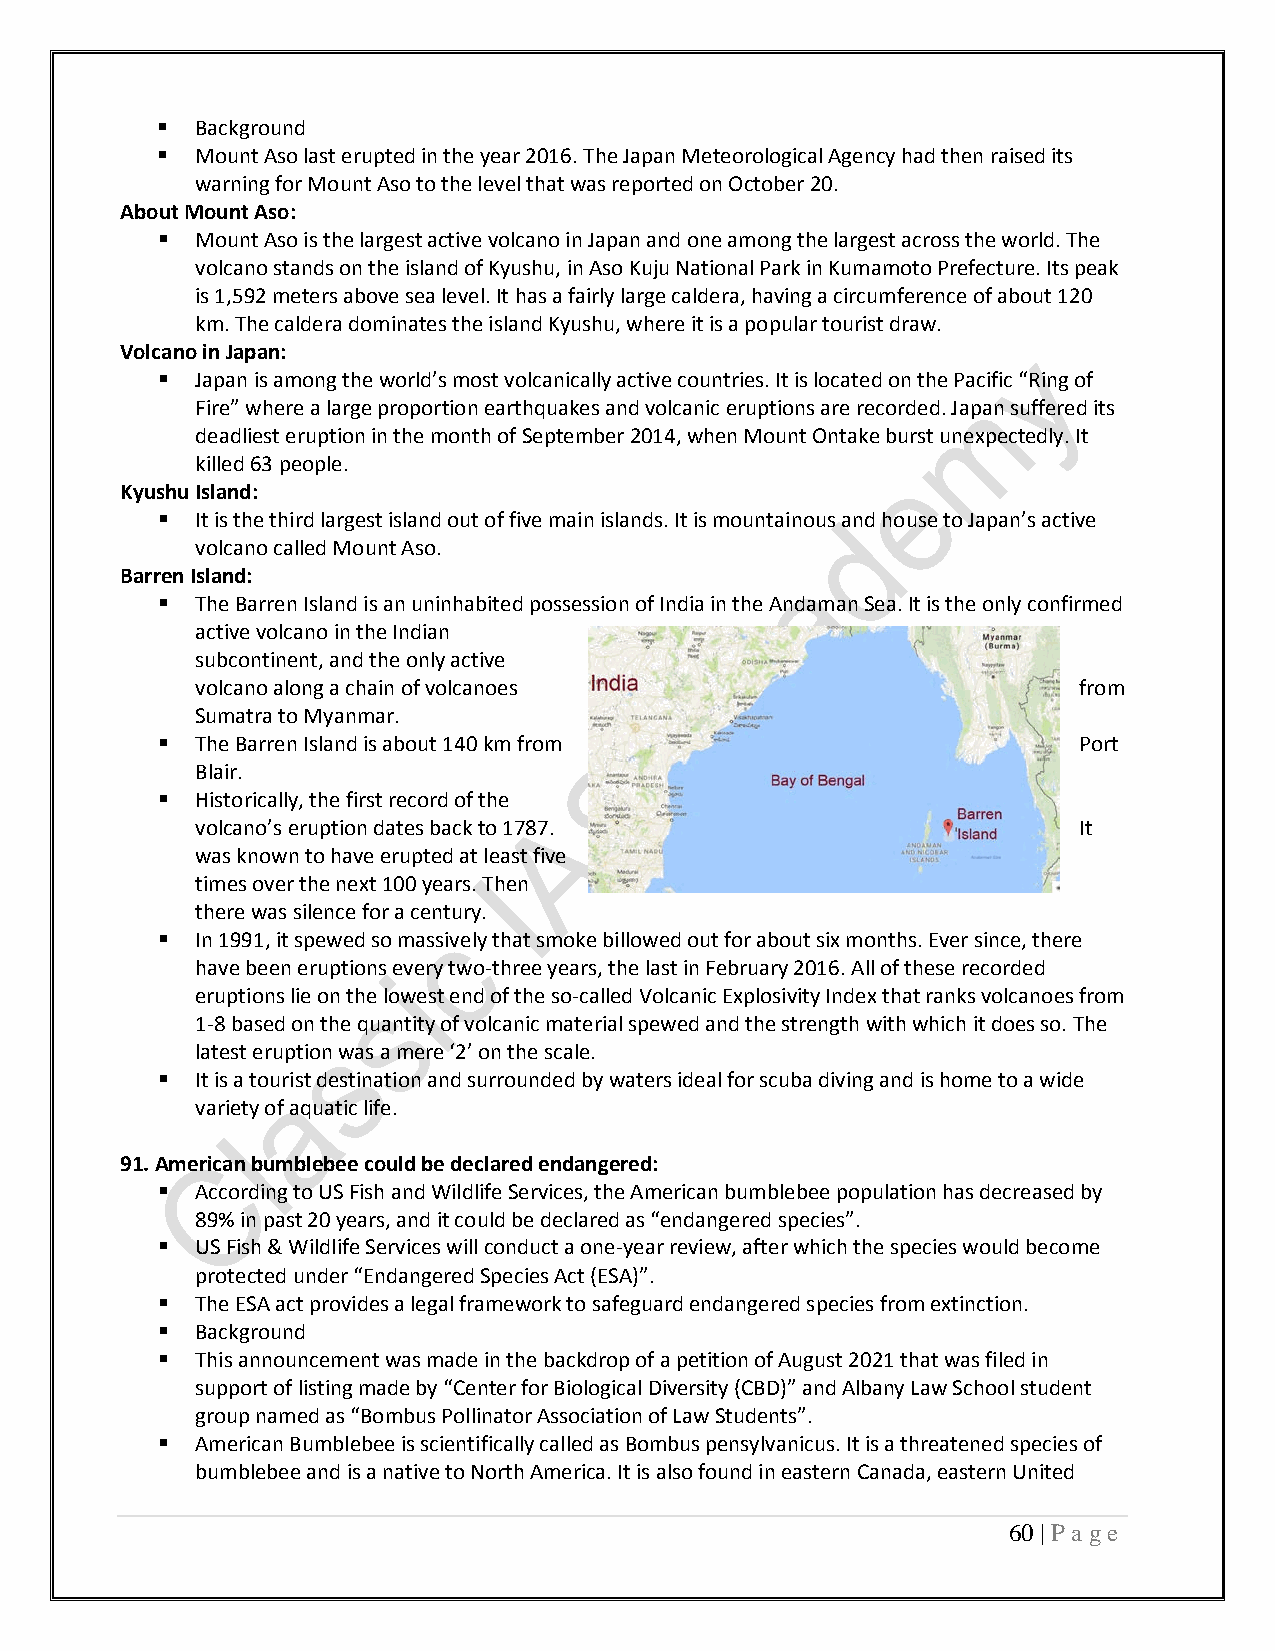
  Background
   Mount Aso last erupted in the year 2016. The Japan Meteorological Agency had then raised its
 warning for Mount Aso to the level that was reported on October 20.
 About Mount Aso:
   Mount Aso is the largest active volcano in Japan and one among the largest across the world. The
 volcano stands on the island of Kyushu, in Aso Kuju National Park in Kumamoto Prefecture. Its peak
 is 1,592 meters above sea level. It has a fairly large caldera, having a circumference of about 120
 km. The caldera dominates the island Kyushu, where it is a popular tourist draw.
 Volcano in Japan:
   Japan is among the world’s most volcanically active countries. It is located on the Pacific “Ring of
 Fire” where a large proportion earthquakes and volcanic eruptions are recorded. Japan suffered its
 deadliest eruption in the month of September 2014, when Mount Ontake burst unexpectedly. It
 killed 63 people.
 Kyushu Island:
   It is the third largest island out of five main islands. It is mountainous and house to Japan’s active
 volcano called Mount Aso.
 Barren Island:
   The Barren Island is an uninhabited possession of India in the Andaman Sea. It is the only confirmed
 active volcano in the Indian
 subcontinent, and the only active
 volcano along a chain of volcanoes                        from
 Sumatra to Myanmar.
   The Barren Island is about 140 km from                    Port
 Blair.
   Historically, the first record of the
 volcano’s eruption dates back to 1787.                    It
 was known to have erupted at least five
 times over the next 100 years. Then
 there was silence for a century.
   In 1991, it spewed so massively that smoke billowed out for about six months. Ever since, there
 have been eruptions every two-three years, the last in February 2016. All of these recorded
 eruptions lie on the lowest end of the so-called Volcanic Explosivity Index that ranks volcanoes from
 1-8 based on the quantity of volcanic material spewed and the strength with which it does so. The
 latest eruption was a mere ‘2’ on the scale.
   It is a tourist destination and surrounded by waters ideal for scuba diving and is home to a wide
 variety of aquatic life.
 91. American bumblebee could be declared endangered:
   According to US Fish and Wildlife Services, the American bumblebee population has decreased by
 89% in past 20 years, and it could be declared as “endangered species”.
   US Fish & Wildlife Services will conduct a one-year review, after which the species would become
 protected under “Endangered Species Act (ESA)”.
   The ESA act provides a legal framework to safeguard endangered species from extinction.
   Background
   This announcement was made in the backdrop of a petition of August 2021 that was filed in
 support of listing made by “Center for Biological Diversity (CBD)” and Albany Law School student
 group named as “Bombus Pollinator Association of Law Students”.
   American Bumblebee is scientifically called as Bombus pensylvanicus. It is a threatened species of
 bumblebee and is a native to North America. It is also found in eastern Canada, eastern United
 60 | P a ge